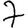
Digit: 7